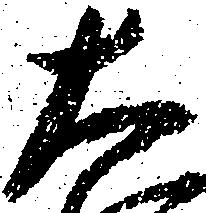
大